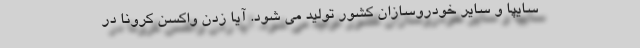
سایپا و سایر خودروسازان کشور تولید می شود. آیا زدن واکسن کرونا در